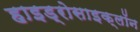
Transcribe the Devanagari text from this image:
हाइड्रोसाइक्लॉन